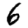
Digit: 6